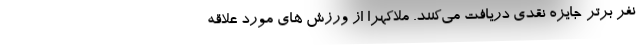
نفر برتر جایزه نقدی دریافت می‌کنند. ملاکهرا از ورزش های مورد علاقه